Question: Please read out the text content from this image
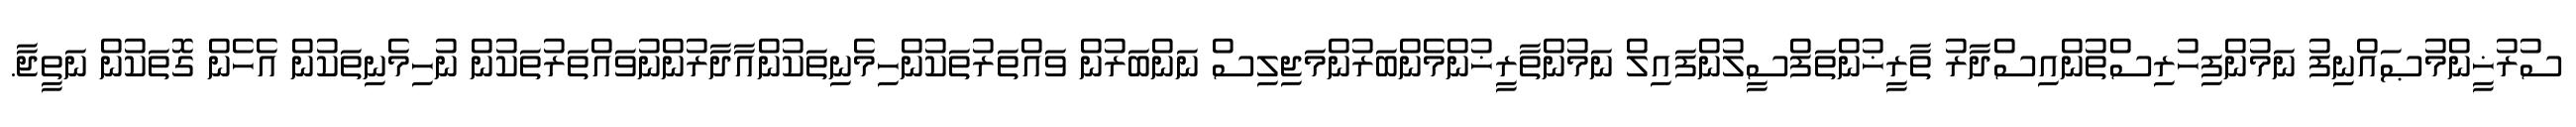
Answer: ސުރުޚީންމުޞައްނިފު ނަމުންފިހުރިސްތުންއިސްދާރު ތާރީޚުންތަފްސީލުންފައިލް ނަމުންތާރީޚުންމެންބަރުންމަޖިލިސް ނަންބަރުން ވައްތަރުތަކުންހިމެނިތަކުންއާދާރުންނުވައްތަރުތަކުން ނުހިމެނިތަކުން އެހެން ގޮތަކުން ނަތީޖާ.